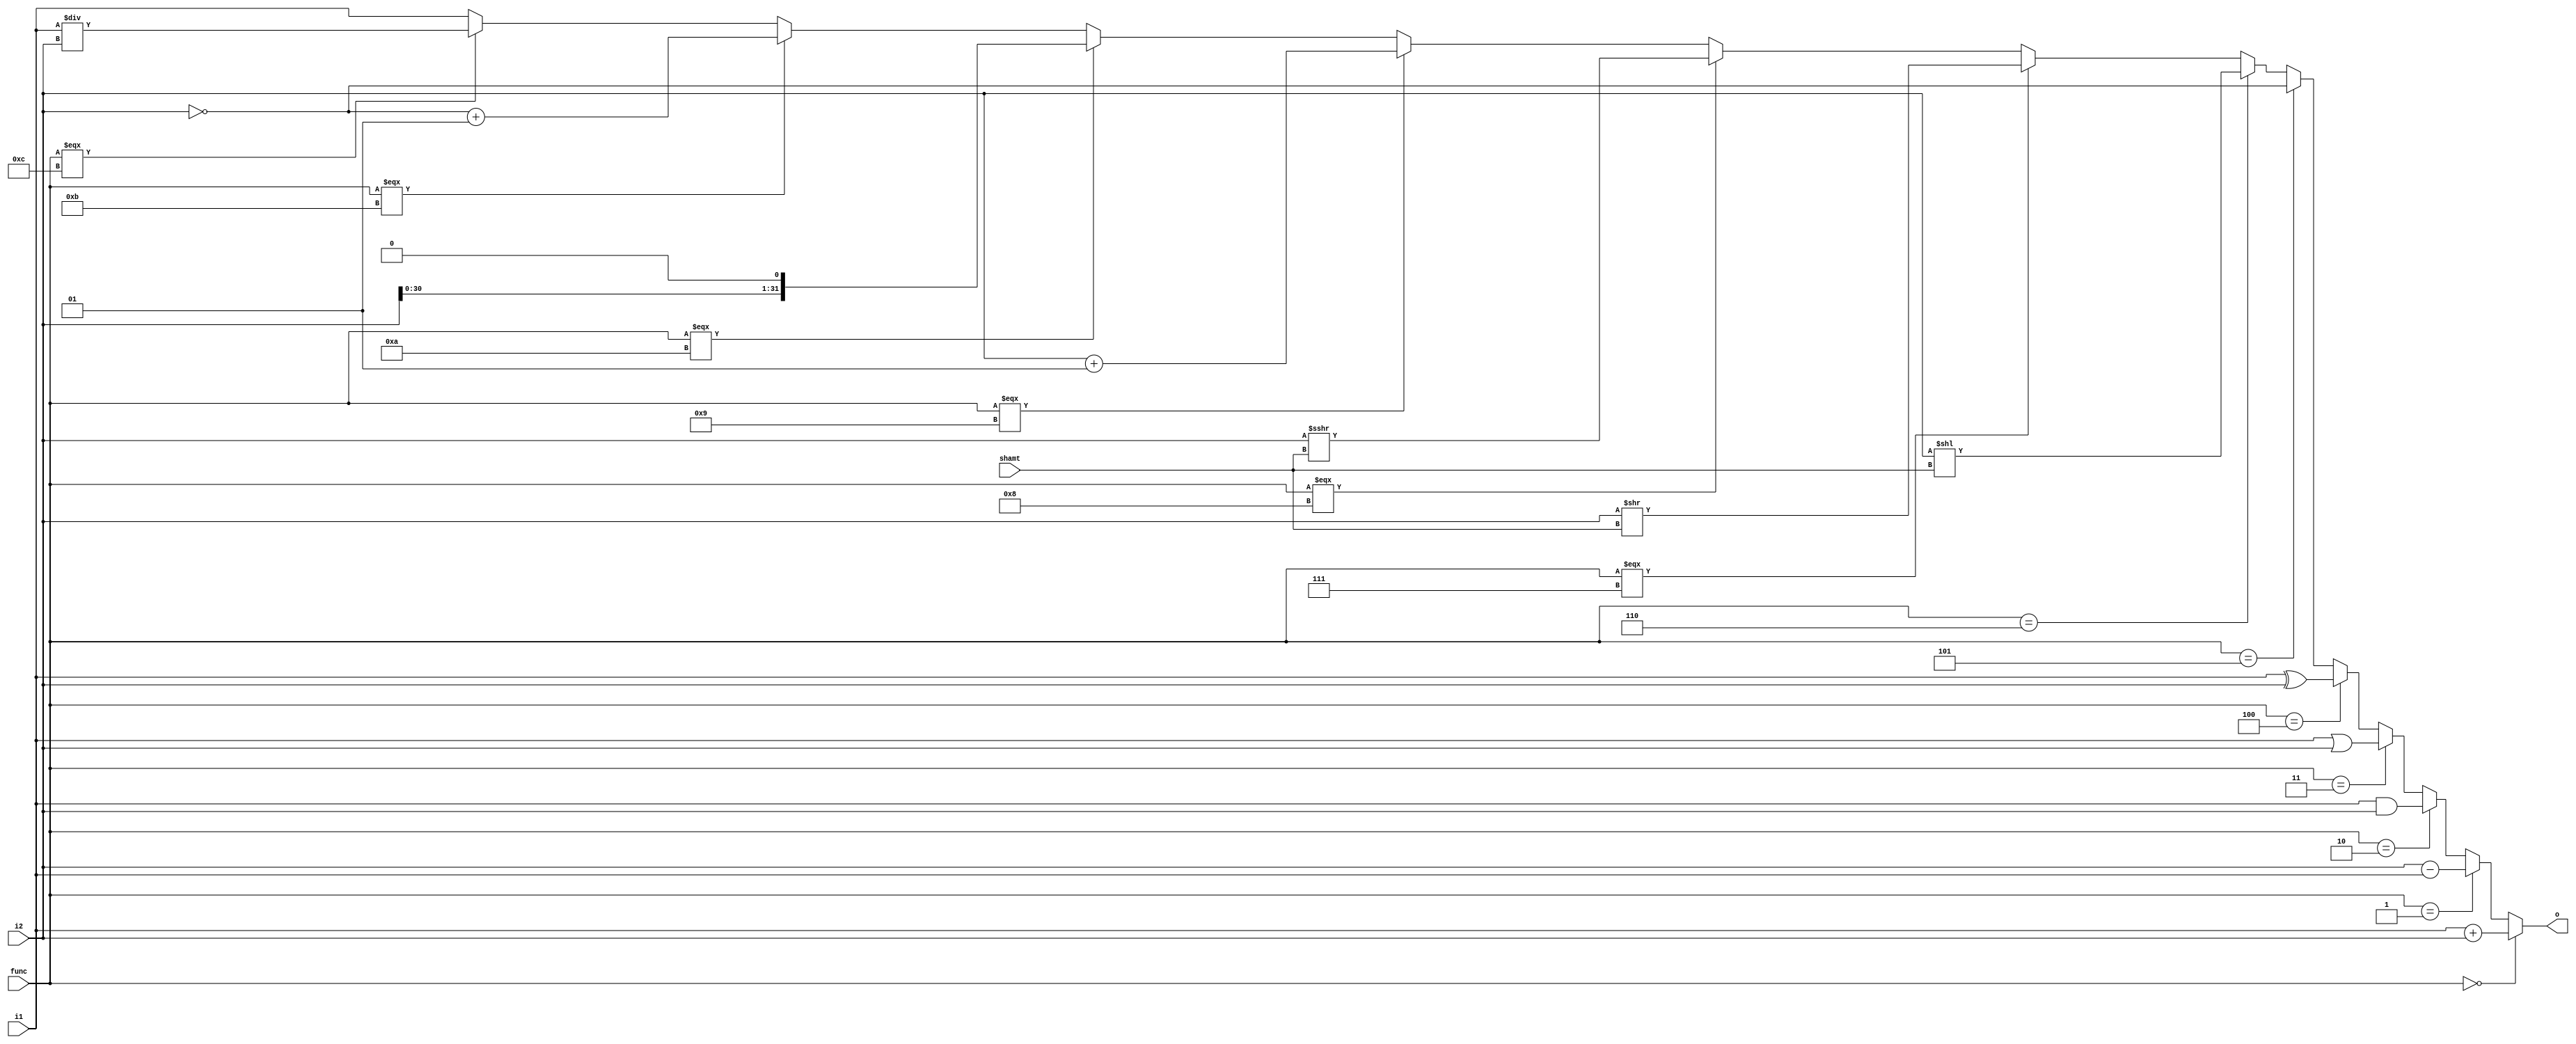
/*JB Bahrenburg
* alu.v
* The ALU performs all arithmetic, logic and shifting operations required by
* the processor
* INPUTS: two 32-bit values to be operated on, 5 bits defining how many bits
* to shift (0-32) and a 4 bit value which needs to be decoded to determine the
* function to perform
* OUTPUTS: a 32-bit value which is the result of the operation*/
module alu (
	input signed [31:0] i1, i2,
	input [4:0] shamt,
	input [3:0] func,
	output reg signed [31:0] o
);
	always @ (*) begin
		if (func == 4'b0000)
			o = i1 + i2;	// adding inputs
		else if (func == 4'b0001)
			o = i2 - i1;	// subtracting inputs
		else if (func == 4'b0010)
			o = i1 & i2;	// AND inputs
		else if (func == 4'b0011)
			o = i1 | i2;	// OR inputs
		else if (func == 4'b0100)
			o = i1 ^ i2;	// XOR inputs
		else if (func == 4'b0101)
			o = ~i2;	// NOT input 2 (mux_output)
		else if (func == 4'b0110)
			o = (i2 << shamt);	// Shifting left
		else if (func === 4'b0111)
			o = (i2 >> shamt);	// Shifting right, unsigned
		else if (func === 4'b1000)
			o = (i2 >>> shamt);	// Shifting right, signed
		else if (func === 4'b1001)
			o = i2+1;	// Incrementing input 2 by 1
		else if (func === 4'b1010)
			o = (i2 << 1);	// Doubling input 2 by shifting left 1
		else if (func === 4'b1011)
			o = (~i2) + 1;	// Negating input 2
		else if (func === 4'b1100)
			o = i1 / i2;	// Dividing inputs
		else
			o = i1;
	end
endmodule